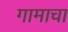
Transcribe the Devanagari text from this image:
गामाचा